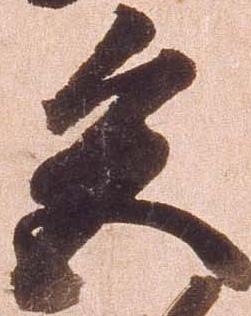
色